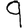
Digit: 9